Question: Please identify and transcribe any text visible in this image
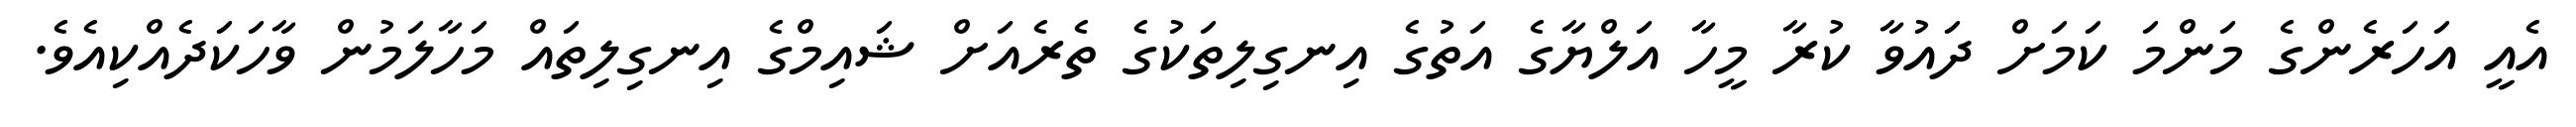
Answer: އެއީ އަހަރެންގެ މަންމަ ކަމަށް ދައުވާ ކުރާ މީހާ އަލްޔާގެ އަތުގެ އިނގިލިތަކުގެ ތެރެއަށް ޝައިމްގެ އިނގިލިތައް މަހާލަމުން ވާހަކަދެއްކިއެވެ.